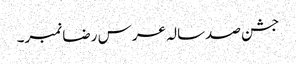
جشن صدسالہ عرس رضا نمبر۔